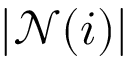
| \mathcal { N } ( i ) |